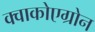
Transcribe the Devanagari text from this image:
क्वाकोएग्रोन